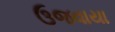
ઉજવાયા